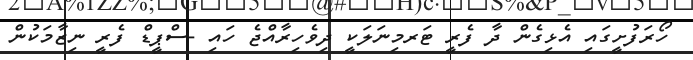
ހޯރަފުށީގައި އެޅިގެން ދާ ފެރީ ޓަރމިނަލަކީ ދިވެހިރާއްޖެ ހައި -ސްޕީޑް ފެރީ ނިޒާމަކުން